[Report on the health of British troops in the Madras command]
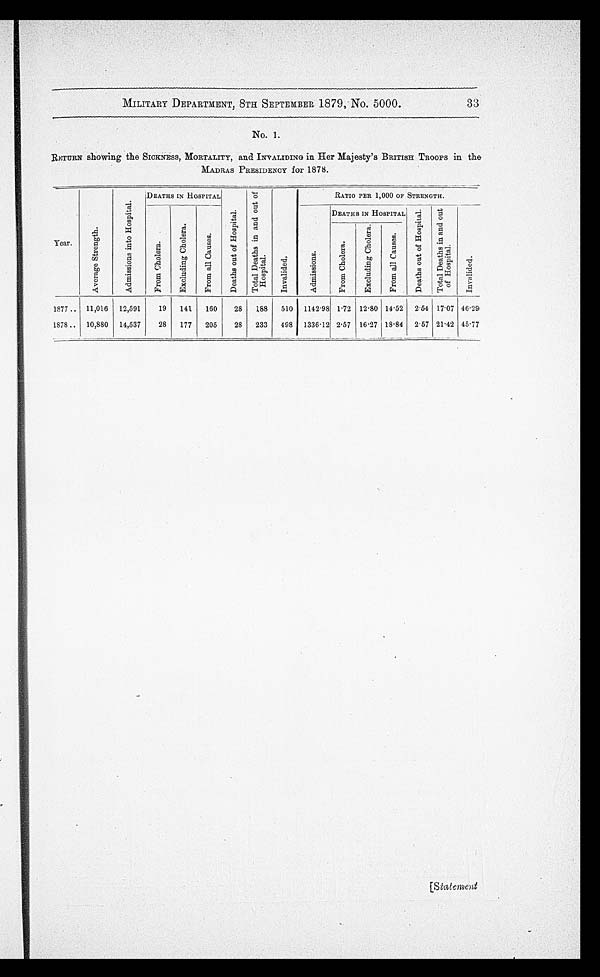
MILITARY DEPARTMENT, 8TH SEPTEMBER 1879, No. 5000.
33
No. 1.
RETURN showing the SICKNESS, MORTALITY, and INVALIDING in Her Majesty's BRITISH TROOPS in the
MADRAS PRESIDENCY for 1878.
Year.
Aver age St r engt h.
Ad mi s s i o n s i n t o Ho s p i t a l .
DEATHS IN HOSPITAL
D e a t h s o u t o f H o s p i t a l .
T o t a l D e a t h s i n a n d o u t o f H o s p i t a l .
I nval i ded.
RATIO PER 1,000 OF STRENGTH.
F r o m C h o l e r a .
Ex c l udi ng Chol er a.
Fr om al l Caus es .
Admi ssi ons.
DEATHS IN HOSPITAL
D e a t h s o u t o f H o s p i t a l .
T o t a l D e a t h s i n a n d o u t o f H o s p i t a l .
I n v a l i d e d .
F r o m C h o l e r a .
E x c l u d i n g C h o l e r a .
F r o m a l l Ca u s e s .
1877
11,016 12,591
19
141
160
28
188
510 1142·98 1·72 12 . 80 14 . 52 2 . 54 17. 07 46·29
1878
10,880 14,537
28
177
205
28
233
498 1336 . 12 2·57 16 . 27 18 . 84 2·57 21·42 45·77
[Statement
...